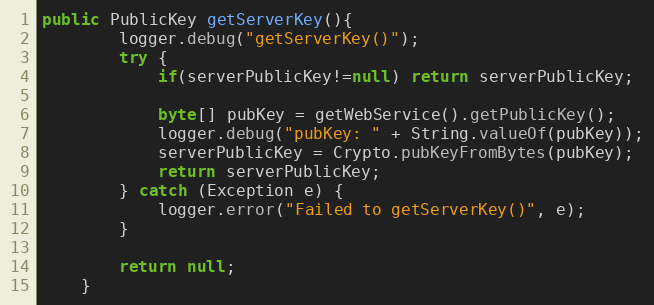
Language: Java
public PublicKey getServerKey(){
        logger.debug("getServerKey()");
        try {
            if(serverPublicKey!=null) return serverPublicKey;

            byte[] pubKey = getWebService().getPublicKey();
            logger.debug("pubKey: " + String.valueOf(pubKey));
            serverPublicKey = Crypto.pubKeyFromBytes(pubKey);
            return serverPublicKey;
        } catch (Exception e) {
            logger.error("Failed to getServerKey()", e);
        }

        return null;
    }